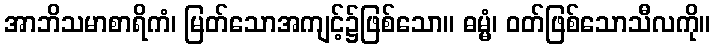
အာဘိသမာစာရိကံ၊ မြတ်သောအကျင့်၌ဖြစ်သော။ ဓမ္မံ၊ ဝတ်ဖြစ်သောသီလကို။